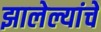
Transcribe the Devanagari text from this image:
झालेल्यांचे